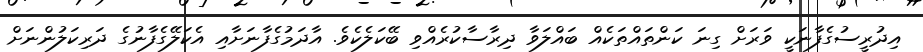
އިދުރީސުގެފާނަކީ ވަރަށް ގިނަ ކަންތައްތަކެއް ބައްލަވާ ދިރާސާކުރެއްވި ބޭކަލެކެވެ. އާދަމުގެފާނަށާއި އެކަލޭގެފާނުގެ ދަރިކަލުންނަށް